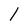
Character: l